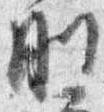
剛